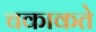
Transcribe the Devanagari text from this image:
चकाकते